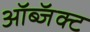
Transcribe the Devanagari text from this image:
ऑब्जॅक्ट